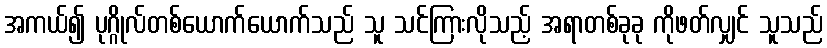
အကယ်၍ ပုဂ္ဂိုလ်တစ်ယောက်ယောက်သည် သူ သင်ကြားလိုသည့် အရာတစ်ခုခု ကိုဖတ်လျှင် သူသည်